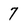
Character: 7